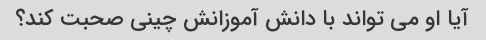
آیا او می تواند با دانش آموزانش چینی صحبت کند؟